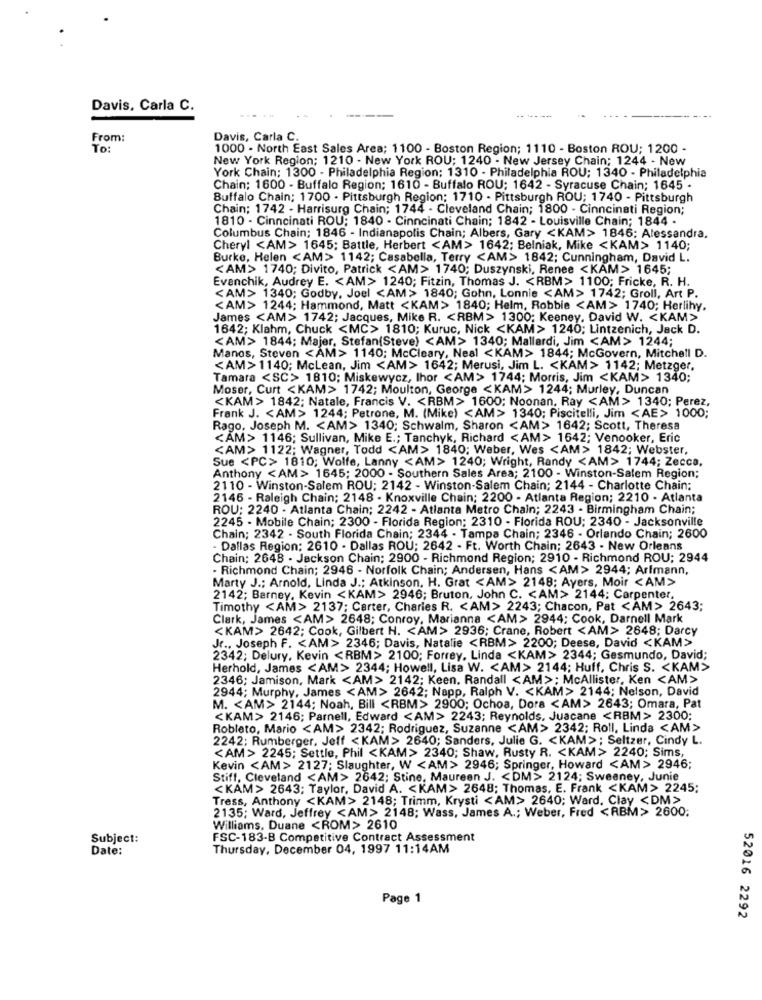
Davis, Carla C.
From:
Davis, Carla C.
To:
1000 - North East Sales Area; 1100 - Boston Region; 1110 - Boston ROU; 1200 -
New York Region; 1210 - New York ROU; 1240 - New Jersey Chain; 1244 - New
York Chain; 1300 - Philadelphia Region; 1310 - Philadelphia ROU; 1340 - Philadelphia
Chain; 1600 - Buffalo Region; 1610 - Buffalo ROU; 1642 - Syracuse Chain; 1645 .
Buffalo Chain; 1700 . Pittsburgh Region; 1710 . Pittsburgh ROU; 1740 - Pittsburgh
Chain; 1742 - Harrisurg Chain; 1744 - Cleveland Chain; 1800 - Cinncinati Region;
1810 - Cinncinati ROU: 1840 - Cinncinati Chain; 1842 - Louisville Chain; 1844 .
Columbus Chain; 1846 - Indianapolis Chain; Albers, Gary <KAM> 1846; Alessandra.
Cheryl <AM> 1645; Battle, Herbert <AM> 1642; Belniak, Mike <KAM> 1140;
Burke, Helen <AM> 1142; Casabella, Terry <AM> 1842; Cunningham, David L.
<AM> 1740; Divito, Patrick <AM> 1740; Duszynski, Renee <KAM> 1645;
Evenchik, Audrey E. < AM> 1240; Fitzin, Thomas J. < RBM> 1100; Fricke, R. H.
<AM> 1340; Godby, Joel <AM> 1840; Gohn, Lonnie <AM> 1742; Groll, Art P.
<AM> 1244; Hammond, Matt <KAM> 1840; Helm, Robbie <AM> 1740; Herlihy.
James <AM> 1742; Jacques, Mike R. < RBM> 1300; Keeney. David W. < KAM>
1642; Klahm, Chuck <MC> 1810; Kuruc, Nick <KAM> 1240; Lintzenich, Jack D.
<AM> 1844; Majer, Stefan(Steve) <AM> 1340; Mallardi, Jim <AM> 1244;
Manos, Steven <AM> 1140; McCleary, Neal <KAM> 1844; McGovern, Mitchell D.
<AM> 1140; McLean, Jim <AM> 1642; Merusi, Jim L. < KAM> 1142; Metzger,
Tamara <SC> 1810; Miskewycz, lhor <AM> 1744; Morris, Jim <KAM> 1340;
Moser, Curt <KAM> 1742; Moulton, George <KAM> 1244; Murley, Duncan
<KAM> 1842; Natale, Francis V. < RBM> 1600; Noonan. Ray <AM> 1340; Perez,
Frank J. < AM> 1244; Petrone, M. (Mike) <AM> 1340; Piscitelli, Jim <AE> 1000;
Rago, Joseph M. < AM> 1340; Schwalm, Sharon <AM> 1642; Scott, Theresa
<AM> 1146; Sullivan, Mike E .; Tanchyk, Richard <AM> 1642; Venooker, Eric
<AM> 1122; Wagner, Todd <AM> 1840; Weber, Wes <AM> 1842; Webster,
Sue <PC> 1810; Wolfe, Lanny <AM> 1240; Wright, Randy <AM> 1744; Zecca,
Anthony <AM> 1645; 2000 - Southern Sales Area; 2100 - Winston-Salem Region;
2110 - Winston-Salem ROU; 2142 - Winston-Salem Chain; 2144 - Charlotte Chain;
2146 - Raleigh Chain; 2148 - Knoxville Chain; 2200 - Atlanta Region; 2210 - Atlanta
ROU: 2240 - Atlanta Chain; 2242 - Atlanta Metro Chain; 2243 - Birmingham Chain;
2245 - Mobile Chain; 2300 - Florida Region; 2310 - Florida ROU; 2340 - Jacksonville
Chain; 2342 - South Florida Chain; 2344 - Tampa Chain; 2346 - Orlando Chain; 2600
Dallas Region: 2610 - Dallas ROU; 2642 - Ft. Worth Chain; 2643 - New Orleans
Chain: 2648 - Jackson Chain; 2900 - Richmond Region; 2910 - Richmond ROU; 2944
- Richmond Chain; 2946 - Norfolk Chain; Andersen, Hans <AM> 2944; Arfmann,
Marty J .; Arnold, Linda J .; Atkinson. H. Grat <AM> 2148; Ayers, Moir <AM>>
2142; Barney, Kevin <KAM> 2946; Bruton, John C. < AM> 2144; Carpenter,
Timothy <AM> 2137; Carter, Charies R. < AM> 2243; Chacon, Pat <AM> 2643;
Clark, James <AM> 2648; Conroy, Marianna <AM> 2944; Cook, Darnell Mark
<KAM> 2642; Cook, Gilbert H. < AM> 2936; Crane, Robert <AM> 2648; Darcy
Jr ., Joseph F. < AM> 2346; Davis, Natalie <RBM> 2200; Deese, David <KAM>>
2342; Delury, Kevin <RBM> 2100; Forrey, Linda <KAM> 2344; Gesmundo, David;
Herhold, James <AM> 2344; Howell, Lisa W. < AM> 2144; Huff, Chris S. < KAM>
2346; Jamison, Mark <AM> 2142; Keen. Randall <AM> ; McAllister, Ken <AM>
2944; Murphy, James <AM> 2642; Napp, Ralph V. < KAM> 2144; Nelson, David
M. < AM> 2144; Noah, Bill <RBM> 2900; Ochoa, Dora <AM> 2643; Omara, Pat
<KAM> 2146; Parnell, Edward <AM> 2243; Reynolds, Juacane <RBM> 2300;
Robleto, Mario <AM> 2342; Rodriguez, Suzanne <AM> 2342; Roll, Linda <AM>
2242; Rumberger, Jeff < KAM> 2640; Sanders, Julie G. < KAM> ; Seltzer, Cindy L.
<AM > 2245; Settle, Phil <KAM> 2340; Shaw, Rusty R. < KAM> 2240; Sims,
Kevin <AM> 2127; Slaughter, W <AM> 2946; Springer, Howard <AM> 2946;
Stiff, Cleveland <AM> 2642; Stine. Maureen J. < DM> 2124; Sweeney, Junie
<KAM> 2643; Taylor, David A. < KAM> 2648; Thomas, E. Frank <KAM> 2245;
Tress, Anthony <KAM> 2148; Trimm, Krysti <AM> 2640; Ward, Clay <DM>
2135; Ward, Jeffrey <AM> 2148; Wass, James A .; Weber, Fred <RBM> 2600;
Williams, Duane <ROM> 2610
Subject:
FSC-183-B Competitive Contract Assessment
Date:
Thursday, December 04, 1997 11:14AM
Page 1
52016 2292